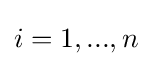
i=1,...,n